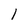
Character: l